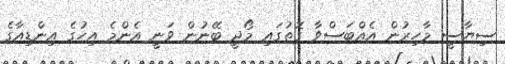
ސިޔާސީ މާހިރުން އެއްބަސްވާ ގޮތުގައި މޯދީ ބޭނުން ވަނީ އެންމެ އިހުގެ އިންޑިއާގެ